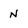
Character: N